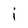
Character: i